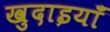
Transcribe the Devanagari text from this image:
खुदाइयाँ